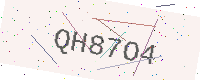
Text: QH87O4